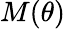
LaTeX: M(\theta)